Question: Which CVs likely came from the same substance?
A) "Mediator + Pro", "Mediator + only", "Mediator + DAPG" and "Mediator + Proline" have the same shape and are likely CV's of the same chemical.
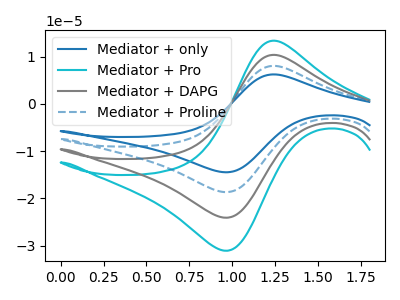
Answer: <think>The blue curve "Mediator + only" has an anodic peak at (1.25V, 31.10uA) and a cathodic peak at (0.95V, -72.25uA). The cyan curve "Mediator + Pro" has an anodic peak at (1.25V, 13.35uA) and a cathodic peak at (0.95V, -31.05uA). The gray curve "Mediator + DAPG" has an anodic peak at (1.25V, 10.35uA) and a cathodic peak at (0.95V, -24.10uA). The blue dashed curve "Mediator + Proline" has an anodic peak at (1.25V, 20.70uA) and a cathodic peak at (0.95V, -48.20uA).
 All the peaks in "Mediator + only" have a peak in "Mediator + Pro" at the same potential. Every peak in "Mediator + only" is higher than every peak in "Mediator + Pro". All the peaks in "Mediator + only" have a peak in "Mediator + DAPG" at the same potential. Every peak in "Mediator + only" is higher than every peak in "Mediator + DAPG". All the peaks in "Mediator + only" have a peak in "Mediator + Proline" at the same potential. Every peak in "Mediator + only" is higher than every peak in "Mediator + Proline". All the peaks in "Mediator + Pro" have a peak in "Mediator + DAPG" at the same potential. Every peak in "Mediator + Pro" is higher than every peak in "Mediator + DAPG". All the peaks in "Mediator + Pro" have a peak in "Mediator + Proline" at the same potential. Every peak in "Mediator + Pro" is lower than every peak in "Mediator + Proline". All the peaks in "Mediator + DAPG" have a peak in "Mediator + Proline" at the same potential. Every peak in "Mediator + DAPG" is lower than every peak in "Mediator + Proline".</think>
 <answer>A) "Mediator + Pro", "Mediator + only", "Mediator + DAPG" and "Mediator + Proline" have the same shape and are likely CV's of the same chemical.</answer>
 <eval>A</eval>